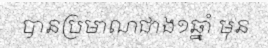
បានប្រមាណជាង១ឆ្នាំ មុន